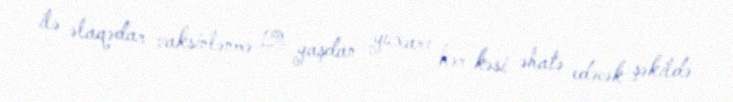
ilə əlaqədar vaksinlənmə 12 yaşdan yuxarı hər kəsi əhatə edəcək şəkildə